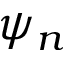
\psi _ { n }